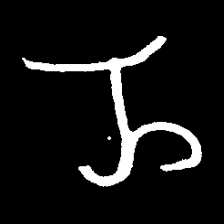
Pyu character \u2014 Myanmar letter: ည (romanized: nya)